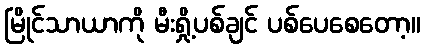
မြိုင်သာယာကို မီးရှို့ပစ်ချင် ပစ်ပေစေတော့။